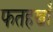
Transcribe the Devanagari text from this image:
फतहखाँ